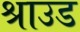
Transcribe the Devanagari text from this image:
श्राउड